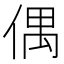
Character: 偶